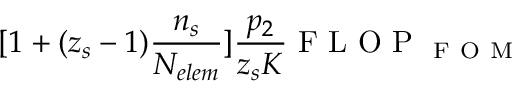
[ 1 + ( z _ { s } - 1 ) \frac { \ensuremath { n _ { s } } } { \ensuremath { N _ { e l e m } } } ] \frac { p _ { 2 } } { z _ { s } K } \mathrm { ~ F ~ L ~ O ~ P ~ } _ { \mathrm { ~ F ~ O ~ M ~ } }